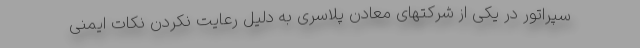
سپراتور در یکی از شرکتهای معادن پلاسری به دلیل رعایت نکردن نکات ایمنی